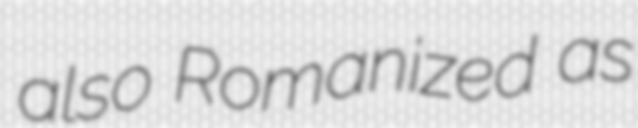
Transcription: also Romanized as